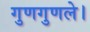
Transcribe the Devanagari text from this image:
गुणगुणले।